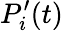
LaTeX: P_{i}^{\prime}(t)